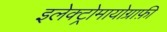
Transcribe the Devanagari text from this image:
इलेक्ट्रोमायोग्राफ़ी